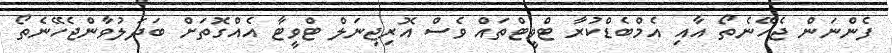
ފެންނަން ޖެހޭނެތޯ އާއި އެމްބެޑްކުރާ ޓްވީޓްތައް ވެސް އޮރިޖިނަލް ޓްވީޓާ އެއްގޮތަށް ބަދަލުވާންޖެހޭނެތޯ